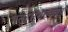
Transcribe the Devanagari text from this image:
भतृहरिशतकत्रय